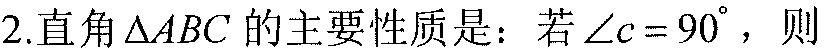
2.直角\(\triangle ABC\)的主要性质是：若\(\angle C = 90^{\circ}\)，则